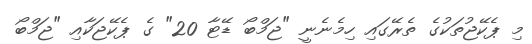
މި ޕެކޭޖުތަކުގެ ތެރޭގައި ހިމެނެނީ "ޖަމްބޯ ޑޭޓާ 20" ގެ ޕެކޭޖަކާއި "ޖަމްބޯ